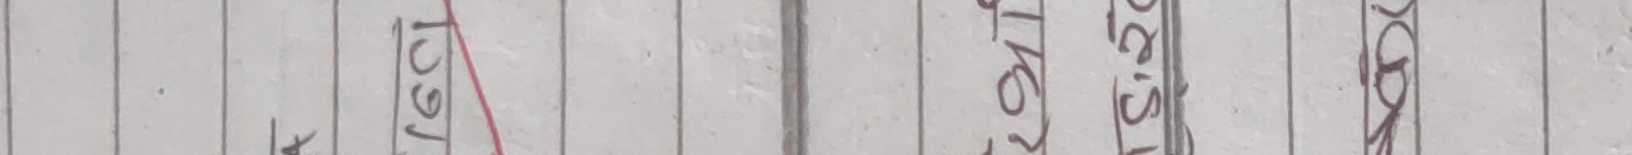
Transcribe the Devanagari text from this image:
८०११ जिका ईसिकामाज २०६० सग